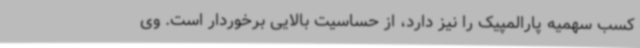
کسب سهمیه پارالمپیک را نیز دارد، از حساسیت بالایی برخوردار است. وی